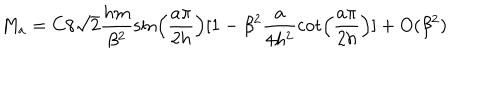
LaTeX: M _ { a } = C 8 \sqrt { 2 } \frac { h m } { \beta ^ { 2 } } \sin \left( \frac { a \pi } { 2 h } \right) [ 1 - \beta ^ { 2 } \frac { a } { 4 h ^ { 2 } } \cot \left( \frac { a \pi } { 2 h } \right) ] + O ( \beta ^ { 2 } )